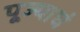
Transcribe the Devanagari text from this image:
पूज्याघं